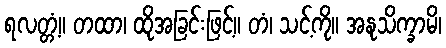
ရလတ္တံ့။ တထာ၊ ထိုအခြင်းဖြင့်။ တံ၊ သင့်ကို။ အနုသိက္ခာမိ၊